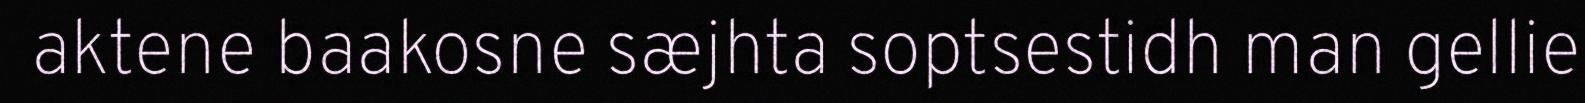
aktene baakosne sæjhta soptsestidh man gellie